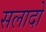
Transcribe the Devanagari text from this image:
सलादो